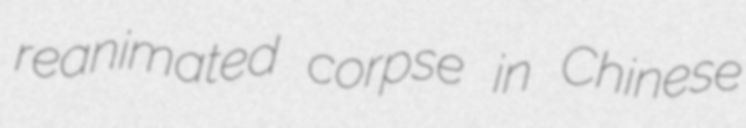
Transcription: reanimated corpse in Chinese